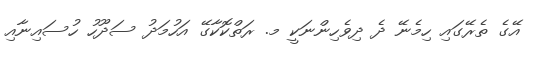
އޭގެ ތެރޭގައި ހިމެނޭ ދެ ދިވެހިންނަކީ މ. ރަތްކޮކާގޭ އަހުމަދު ސަދޫހު ހުސައިނާއި